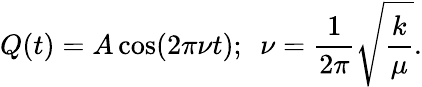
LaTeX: Q(t)=A\cos(2\pi\nu t);\ \ \nu={\frac{1}{2\pi}}{\sqrt{\frac{k}{\mu}}}.